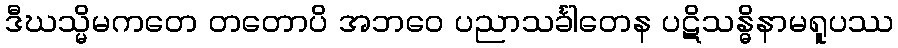
ဒီဃသ္မိမကတေ တတောပိ အဘဝေ ပညာသင်္ခါတေန ပဋိသန္ဓိနာမရူပဿ